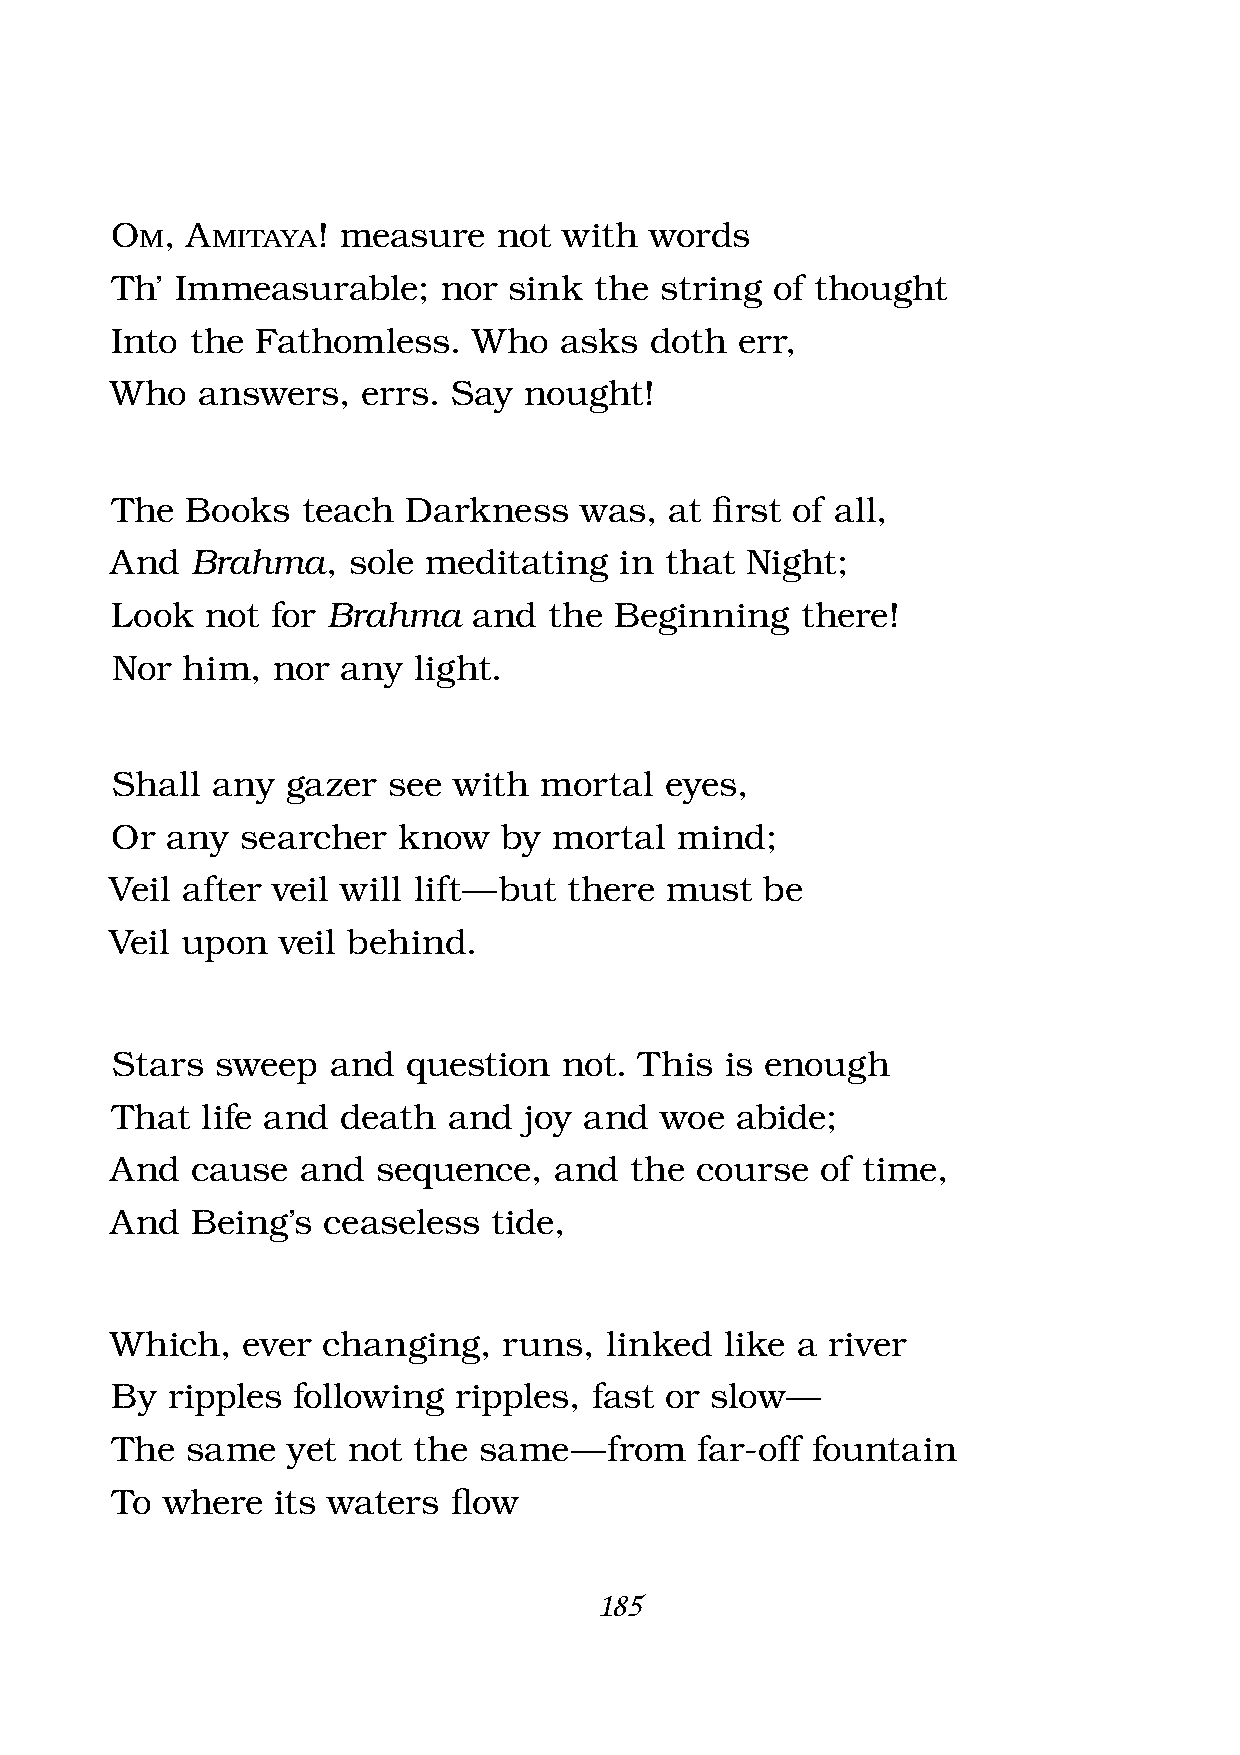
Om,  Amitaya
 ! measure   not with  words
 Th’  Immeasurable;    nor  sink the  string of thought
 Into  the Fathomless.   Who   asks  doth  err,
 Who   answers,   errs. Say  nought!
 The  Books   teach  Darkness   was,  at fi rst of all,
 And   Brahma,   sole meditating   in that Night;
 Look   not for Brahma   and  the  Beginning   there!
 Nor  him,  nor  any light.
 Shall  any  gazer  see with  mortal  eyes,
 Or  any  searcher  know   by  mortal  mind;
 Veil after veil will lift — but there must  be
 Veil upon   veil behind.
 Stars  sweep   and  question  not. This  is enough
 That  life and  death  and  joy and  woe  abide;
 And   cause  and  sequence,   and  the course  of time,
 And   Being’s ceaseless   tide,
 Which,   ever changing,   runs,  linked  like a river
 By  ripples following  ripples, fast or slow —
 The  same   yet not the  same  — from  far-off fountain
 To  where  its waters  fl ow
 185